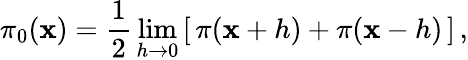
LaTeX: \pi_{0}(\mathbf{x})={\frac{{1}}{{2}}}\operatorname*{lim}_{h\to0}\left[\, \pi(\mathbf{x}+h)+\pi(\mathbf{x}-h)\, \right]\, ,